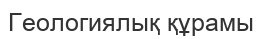
Геологиялық құрамы